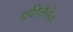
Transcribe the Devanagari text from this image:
क्वीबेरोन